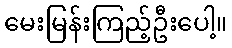
မေးမြန်းကြည့်ဦးပေါ့။